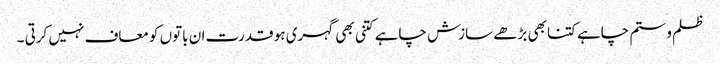
ظلم و ستم چاہے کتنا بھی بڑھے سازش چاہے کتنی بھی گہری ہو قدرت ان باتوں کو معاف نہیں کرتی ۔